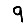
Digit: 9